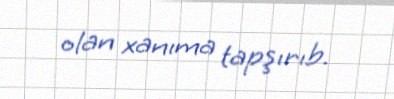
olan xanıma tapşırıb.